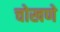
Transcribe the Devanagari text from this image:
चोखणे